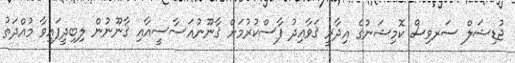
ޖުޑިޝަލް ސަރވިސް ކޮމިޝަނުގެ އިދާރީ ޤަވާޢިދު ފާސްކުރުމަށް ޤާނޫނުއަސާސީއާއި ޤާނޫނުން ލިބިދީފައިވާ މުއްދަތު